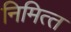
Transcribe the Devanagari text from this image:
निमित्‍त